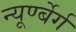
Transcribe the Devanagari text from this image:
न्यूर्ण्बेर्ग